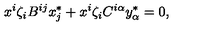
x ^ { i } \zeta _ { i } B ^ { i j } x _ { j } ^ { * } + x ^ { i } \zeta _ { i } C ^ { i \alpha } y _ { \alpha } ^ { * } = 0 ,